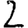
Digit: 2